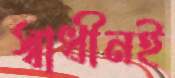
স্বাধীনই